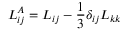
L _ { i j } ^ { A } = { L _ { i j } } - \frac { 1 } { 3 } { \delta _ { i j } } { L _ { k k } }